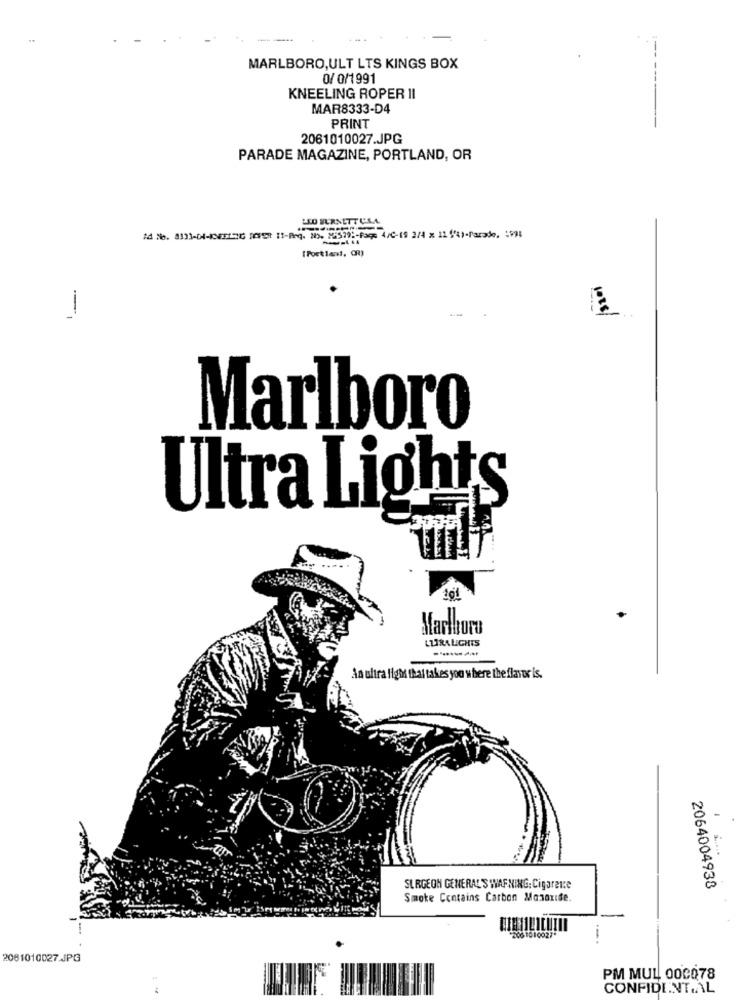
MARLBORO,ULT LTS KINGS BOX
0/ 0/1991
KNEELING ROPER II
MAR8333-D4
PRINT
2061010027.JPG
PARADE MAGAZINE, PORTLAND, OR
LO BURNETTCLA
Ad Ne. 813]-01-3FTING :05: 11-Req. 33. 12370 :- Page 4/0-18 3/4 x 11 /4)-Parade. : 998
[Portland, OR)
-
Marlboro
Ultra Lights
Madlurs
LURALICHIS
An ultra light that takes you where the flavor is.
SURGEON GENERAL'S WARNING: Cigarette
2064004938
Smoke Contains Carbon Monoxide.
2061010927"
2061010027_JPG
PM MUL 000Q78
CONFIDENTAL